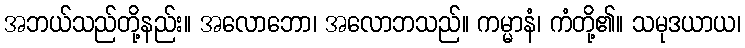
အဘယ်သည်တို့နည်း။ အလောဘော၊ အလောဘသည်။ ကမ္မာနံ၊ ကံတို့၏။ သမုဒယာယ၊